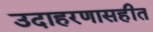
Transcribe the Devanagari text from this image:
उदाहरणासहीत